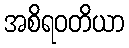
အစိရဝတိယာ